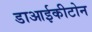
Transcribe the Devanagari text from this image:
डाआईकीटोन